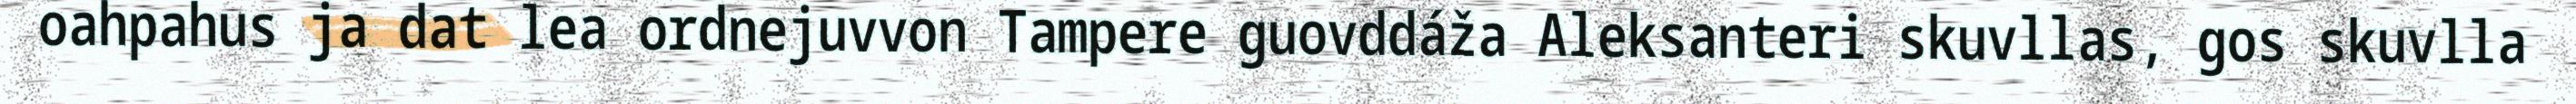
oahpahus ja dat lea ordnejuvvon Tampere guovddáža Aleksanteri skuvllas, gos skuvlla